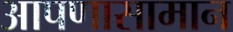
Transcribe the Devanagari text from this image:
आपणासामान